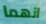
انهما